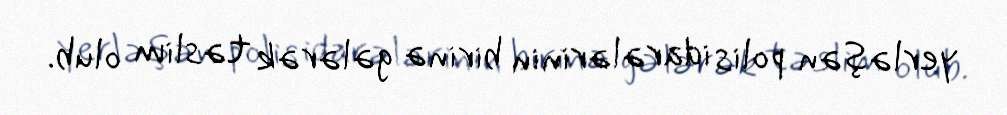
yerləşən polis idarələrinin birinə gələrək təslim olub.